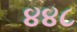
૪૪૮